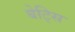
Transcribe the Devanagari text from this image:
बेट्सि